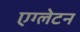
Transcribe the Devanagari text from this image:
एग्लेटन